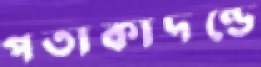
পতাকাদণ্ডে